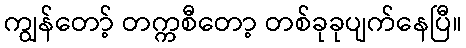
ကျွန်တော့် တက္ကစီတော့ တစ်ခုခုပျက်နေပြီ။